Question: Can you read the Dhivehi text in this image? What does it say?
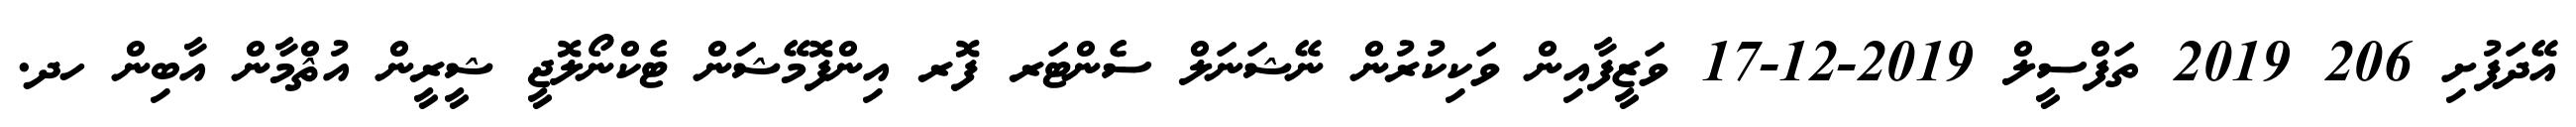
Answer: އޭދަފުށި 206 2019 ތަފްސީލް 2019-12-17 ވަޒީފާއިން ވަކިކުރުން ނޭޝަނަލް ސެންޓަރ ފޮރ އިންފޮމޭޝަން ޓެކްނޯލޮޖީ ޝީރީން އުޘްމާން އާބިން ހދ.